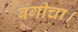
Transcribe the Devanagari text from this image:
बगीचा।